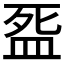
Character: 𭮓